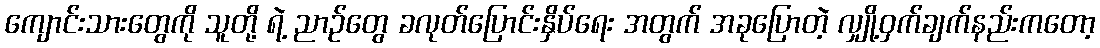
ကျောင်းသားတွေကို သူတို့ ရဲ့ ညာဉ်တွေ ခလုတ်ပြောင်းနှိပ်ရေး အတွက် အခုပြောတဲ့ လျှို့ဝှက်ချက်နည်းကတော့